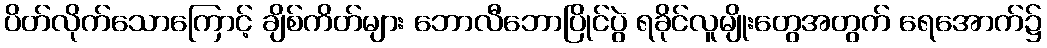
ပိတ်လိုက်သောကြောင့် ချိစ်ကိတ်များ ဘောလီဘောပြိုင်ပွဲ ရခိုင်လူမျိုးတွေအတွက် ရေအောက်၌